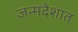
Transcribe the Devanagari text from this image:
जन्मदेशात